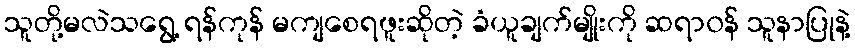
သူတို့မလဲသရွေ့ ရန်ကုန် မကျစေရဖူးဆိုတဲ့ ခံယူချက်မျိုးကို ဆရာ၀န် သူနာပြုနဲ့